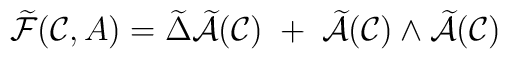
\widetilde {\cal F} ({\cal {C}},A) = \widetilde {\Delta} \widetilde {\cal A} ({\cal C}) \; + \; \widetilde {\cal A} ({\cal C}) \wedge \widetilde {\cal A} ({\cal C})